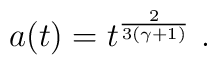
a(t) =  t^{\frac{2}{3(\gamma+1)}}\ .